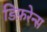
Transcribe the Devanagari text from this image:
डिफ़रेन्स